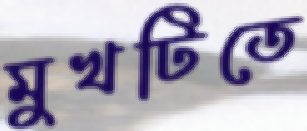
মুখটিতে